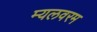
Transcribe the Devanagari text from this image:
म्यलवरम